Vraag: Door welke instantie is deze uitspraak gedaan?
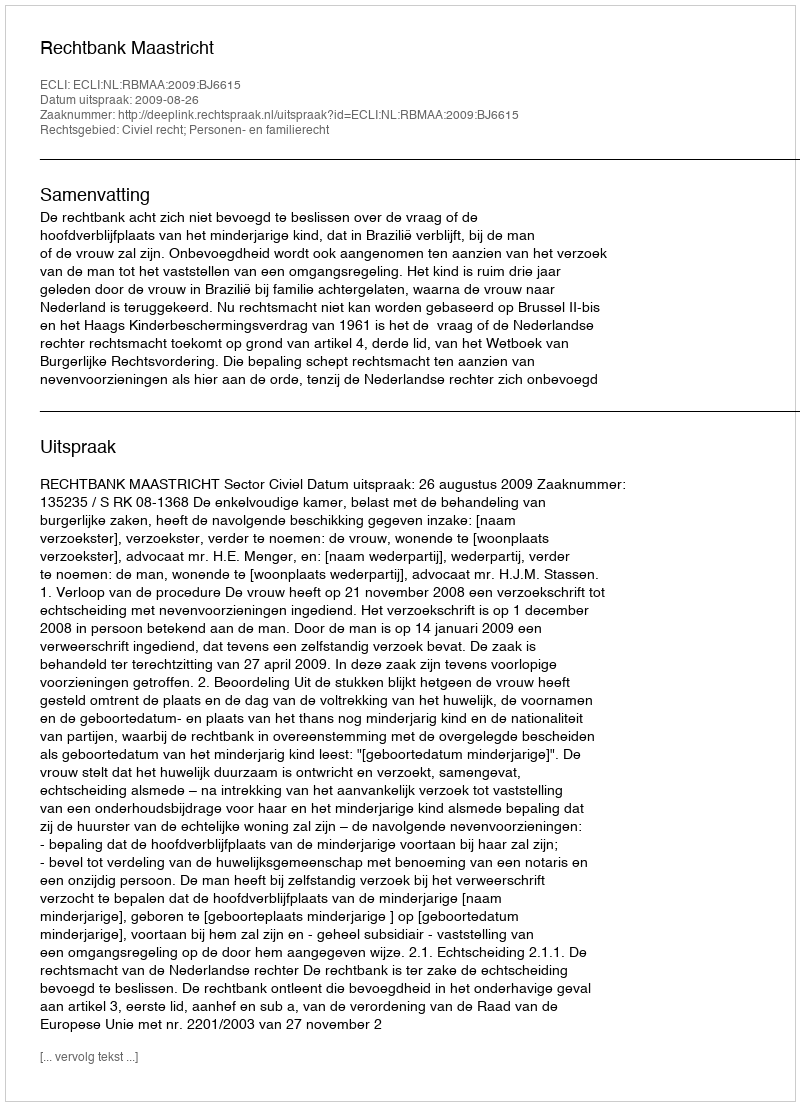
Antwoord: Rechtbank Maastricht